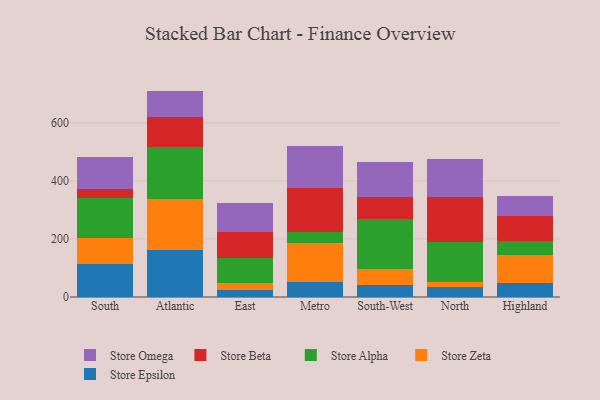
{"axis": {"x": "Region", "y": "Demand Index"}, "legend": ["Store Alpha", "Store Beta", "Store Epsilon", "Store Omega", "Store Zeta"], "data": [{"x": "South", "y": 114.6, "type": "Store Epsilon"}, {"x": "South", "y": 89.8, "type": "Store Zeta"}, {"x": "South", "y": 136.1, "type": "Store Alpha"}, {"x": "South", "y": 32.9, "type": "Store Beta"}, {"x": "South", "y": 107.7, "type": "Store Omega"}, {"x": "Atlantic", "y": 161.9, "type": "Store Epsilon"}, {"x": "Atlantic", "y": 176.8, "type": "Store Zeta"}, {"x": "Atlantic", "y": 177.4, "type": "Store Alpha"}, {"x": "Atlantic", "y": 104.5, "type": "Store Beta"}, {"x": "Atlantic", "y": 89.4, "type": "Store Omega"}, {"x": "East", "y": 22.7, "type": "Store Epsilon"}, {"x": "East", "y": 25.6, "type": "Store Zeta"}, {"x": "East", "y": 87.0, "type": "Store Alpha"}, {"x": "East", "y": 88.8, "type": "Store Beta"}, {"x": "East", "y": 101.2, "type": "Store Omega"}, {"x": "Metro", "y": 51.9, "type": "Store Epsilon"}, {"x": "Metro", "y": 134.2, "type": "Store Zeta"}, {"x": "Metro", "y": 39.4, "type": "Store Alpha"}, {"x": "Metro", "y": 148.7, "type": "Store Beta"}, {"x": "Metro", "y": 144.9, "type": "Store Omega"}, {"x": "South-West", "y": 40.7, "type": "Store Epsilon"}, {"x": "South-West", "y": 57.2, "type": "Store Zeta"}, {"x": "South-West", "y": 169.6, "type": "Store Alpha"}, {"x": "South-West", "y": 77.7, "type": "Store Beta"}, {"x": "South-West", "y": 120.4, "type": "Store Omega"}, {"x": "North", "y": 35.8, "type": "Store Epsilon"}, {"x": "North", "y": 15.6, "type": "Store Zeta"}, {"x": "North", "y": 137.1, "type": "Store Alpha"}, {"x": "North", "y": 156.4, "type": "Store Beta"}, {"x": "North", "y": 132.0, "type": "Store Omega"}, {"x": "Highland", "y": 47.9, "type": "Store Epsilon"}, {"x": "Highland", "y": 96.1, "type": "Store Zeta"}, {"x": "Highland", "y": 50.3, "type": "Store Alpha"}, {"x": "Highland", "y": 86.0, "type": "Store Beta"}, {"x": "Highland", "y": 68.6, "type": "Store Omega"}]}